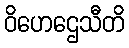
ဝိဟေဌေသီတိ